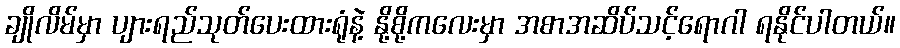
ချိုလိမ်မှာ ပျားရည်သုတ်ပေးထားရုံနဲ့ နို့စို့ကလေးမှာ အစာအဆိပ်သင့်ရောဂါ ရနိုင်ပါတယ်။